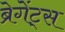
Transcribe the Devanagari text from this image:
ब्रेगेंट्स